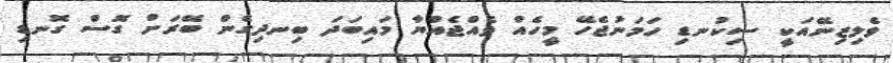
ވެލިޒިނޭއަކީ ސިކުނޑި ހަމަނުޖެހޭ މީހެއް ވެއްޖެއްޔާ މައިބަދަ ބިނދިގެން ބޭރަށް ގޮސް ގޮނޑި